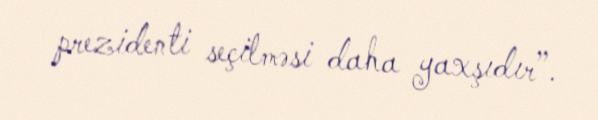
prezidenti seçilməsi daha yaxşıdır”.